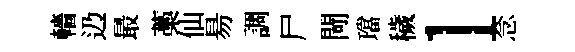
轖辸最藁仙昜調尸閜璫穢l念